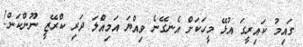
ގައިމު ކައިރީގަ އުޅޭ މީހަކަށް އެނގޭނެ ވިއްޔަ އަމިއްލަ ދަރި ކްރޭޒީ ނޫންކަން!